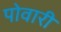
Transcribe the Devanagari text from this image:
पोवारी